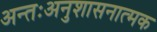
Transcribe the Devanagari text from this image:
अन्तःअनुशासनात्मक